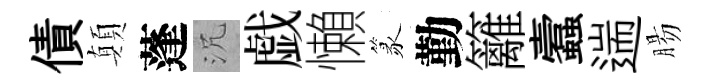
債顛蓬沉戯懶篆勤籬蠧遄腸